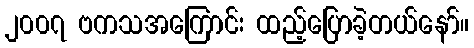
၂၀၀၇ ဗကသအကြောင်း ထည့်ပြောခဲ့တယ်နော်။